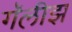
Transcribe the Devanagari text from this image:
गॅलीझ